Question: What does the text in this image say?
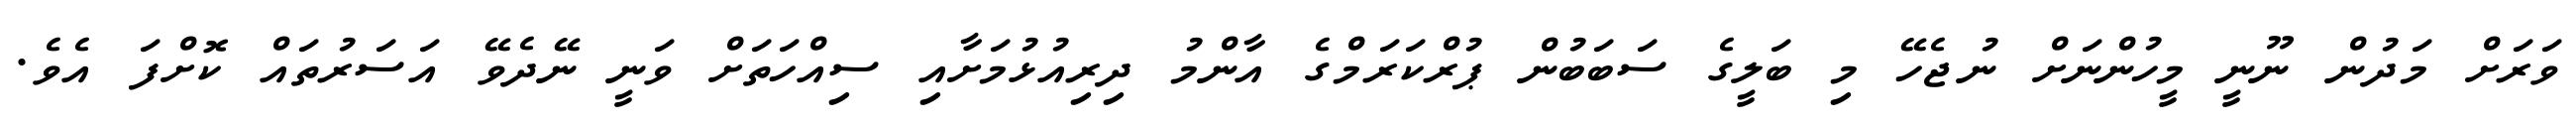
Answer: ވަރަށް މަދުން ނޫނީ މީހުންނަށް ނުޖެހޭ މި ބަލީގެ ސަބަބުން ޕުރްކަރަމްގެ އާންމު ދިރިއުޅުމަށާއި ސިއްހަތަށް ވަނީ ނޭދެވޭ އަސަރުތައް ކޮށްފަ އެވެ.